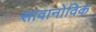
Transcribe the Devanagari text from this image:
सावानोविक